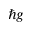
\hbar g